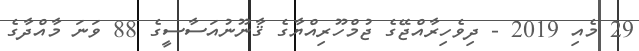
29 މެއި 2019 - ދިވެހިރާއްޖޭގެ ޖުމްހޫރިއްޔާގެ ޤާނޫނުއަސާސީގެ 88 ވަނަ މާއްދާގެ